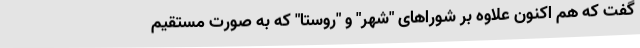
گفت که هم اکنون علاوه بر شوراهای "شهر" و "روستا" که به صورت مستقیم